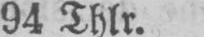
94 Thlr.